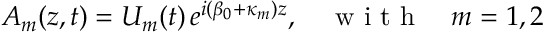
\begin{array} { r } { A _ { m } ( z , t ) = U _ { m } ( t ) \, e ^ { i ( \beta _ { 0 } + \kappa _ { m } ) z } , \quad \mathrm { ~ w ~ i ~ t ~ h ~ } \quad m = 1 , 2 } \end{array}